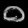
Digit: ၀